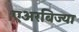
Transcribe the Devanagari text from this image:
एअरबिज्या